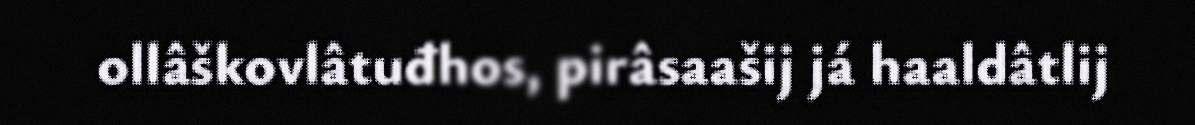
ollâškovlâtuđhos, pirâsaašij já haaldâtlij